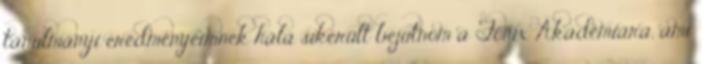
tanulmányi eredményeimnek hála sikerült bejutnom a Főnix Akadémiára, ami